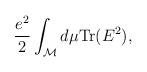
LaTeX: \begin{align*}{e^2\over 2} \int_{\cal M} d\mu {\rm Tr}(E^2),\end{align*}